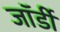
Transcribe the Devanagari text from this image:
जॉर्डी